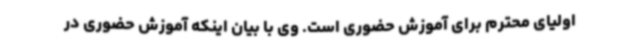
اولیای محترم برای آموزش حضوری است. وی با بیان اینکه آموزش حضوری در